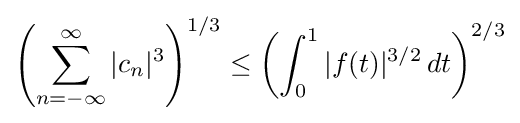
\left(\sum _{n=-\infty }^{\infty }|c_{n}|^{3}\right)^{1/3}\leq \left(\int _{0}^{1}|f(t)|^{3/2}\,dt\right)^{2/3}